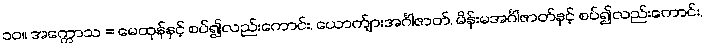
၁၀။ အက္ကောသ = မေထုန်နှင့် စပ်၍လည်းကောင်း, ယောက်ျားအင်္ဂါဇာတ်, မိန်းမအင်္ဂါဇာတ်နှင့် စပ်၍လည်းကောင်း,